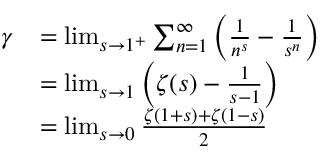
{ \begin{array} { r l } { \gamma } & { = \operatorname* { l i m } _ { s \to 1 ^ { + } } \sum _ { n = 1 } ^ { \infty } \left( { \frac { 1 } { n ^ { s } } } - { \frac { 1 } { s ^ { n } } } \right) } \\ & { = \operatorname* { l i m } _ { s \to 1 } \left( \zeta ( s ) - { \frac { 1 } { s - 1 } } \right) } \\ & { = \operatorname* { l i m } _ { s \to 0 } { \frac { \zeta ( 1 + s ) + \zeta ( 1 - s ) } { 2 } } } \end{array} }